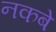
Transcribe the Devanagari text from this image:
नकबे